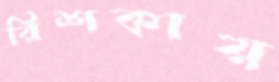
রিশকায়